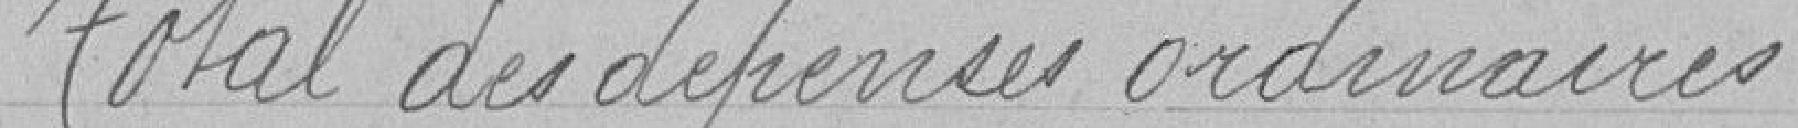
total des dépenses ordinaires